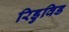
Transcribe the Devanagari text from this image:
रिडुविड